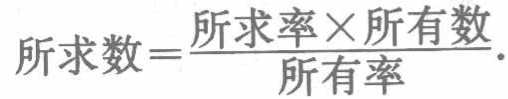
\(所求数=\frac{所求率\times 所有数}{所有率}.\)